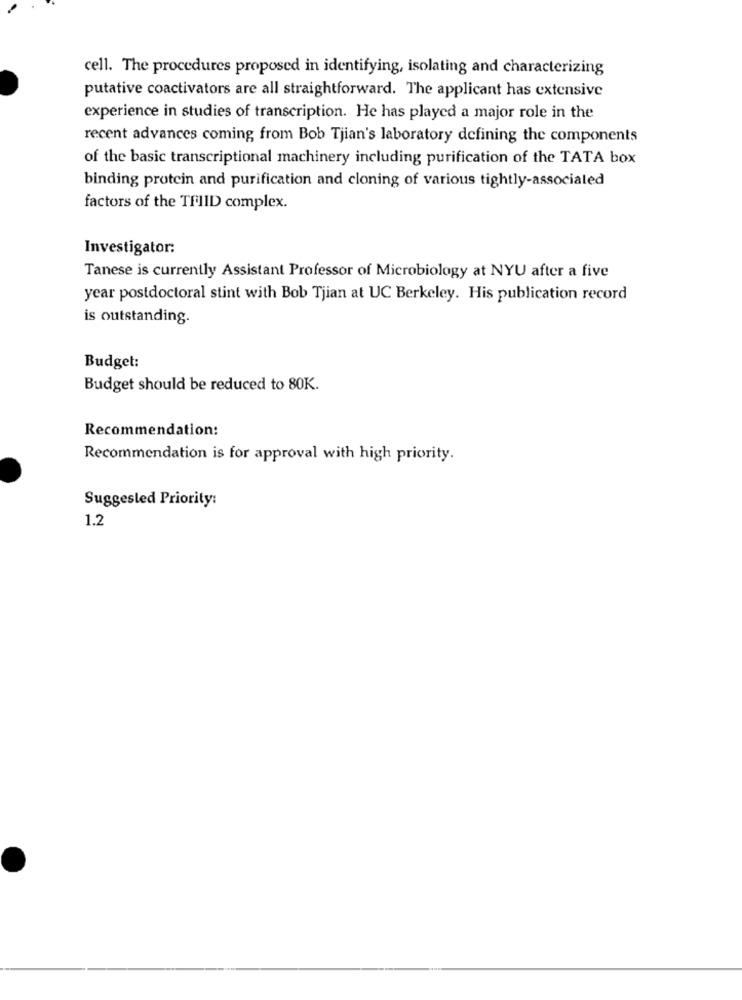
cell. The procedures proposed in identifying, isolating and characterizing
putative coactivators are all straightforward. The applicant has extensive
experience in studies of transcription. He has played a major role in the
recent advances coming from Bob Tjian's laboratory defining the components
of the basic transcriptional machinery including purification of the TATA box
binding protein and purification and cloning of various tightly-associated
factors of the TRIID complex.
Investigator:
Tanese is currently Assistant Professor of Microbiology at NYU after a five
year postdoctoral stint with Bob Tjian at UC Berkeley. His publication record
is outstanding.
Budget:
Budget should be reduced to 80K.
Recommendation:
Recommendation is for approval with high priority.
Suggested Priority:
1.2